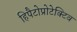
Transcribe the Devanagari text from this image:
हिपैटोप्रोटेक्टिव